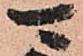
可